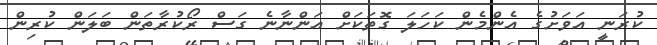
ކުރަނީ އަވަށުގެ އެންމެން ކަހަލަ ގޮތަކަށް އަންނާނެ ގަސް ރޯކުރާތަން ބަލަން ކުރިން